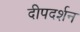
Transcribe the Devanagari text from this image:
दीपदर्शन